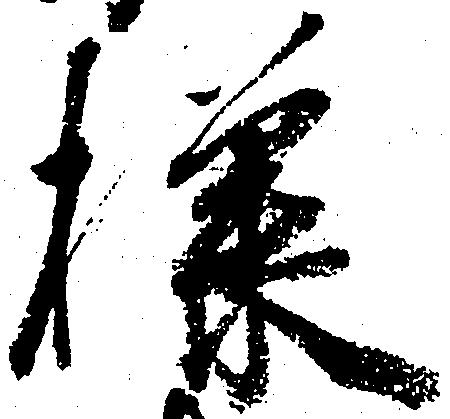
様